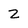
Character: 2